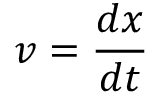
v = { \frac { d x } { d t } }